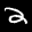
Label: 2